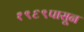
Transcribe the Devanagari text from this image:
१९६९पासून